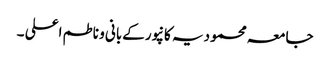
جامعہ محمودیہ کانپورکےبانی و ناطم اعلی ۔